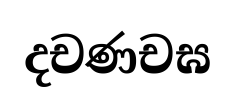
දචණචඝ